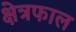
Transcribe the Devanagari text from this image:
क्षेत्रफाल